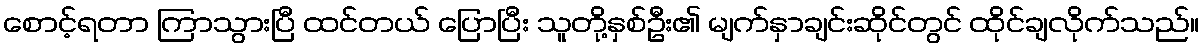
စောင့်ရတာ ကြာသွားပြီ ထင်တယ် ပြောပြီး သူတို့နှစ်ဦး၏ မျက်နှာချင်းဆိုင်တွင် ထိုင်ချလိုက်သည်။